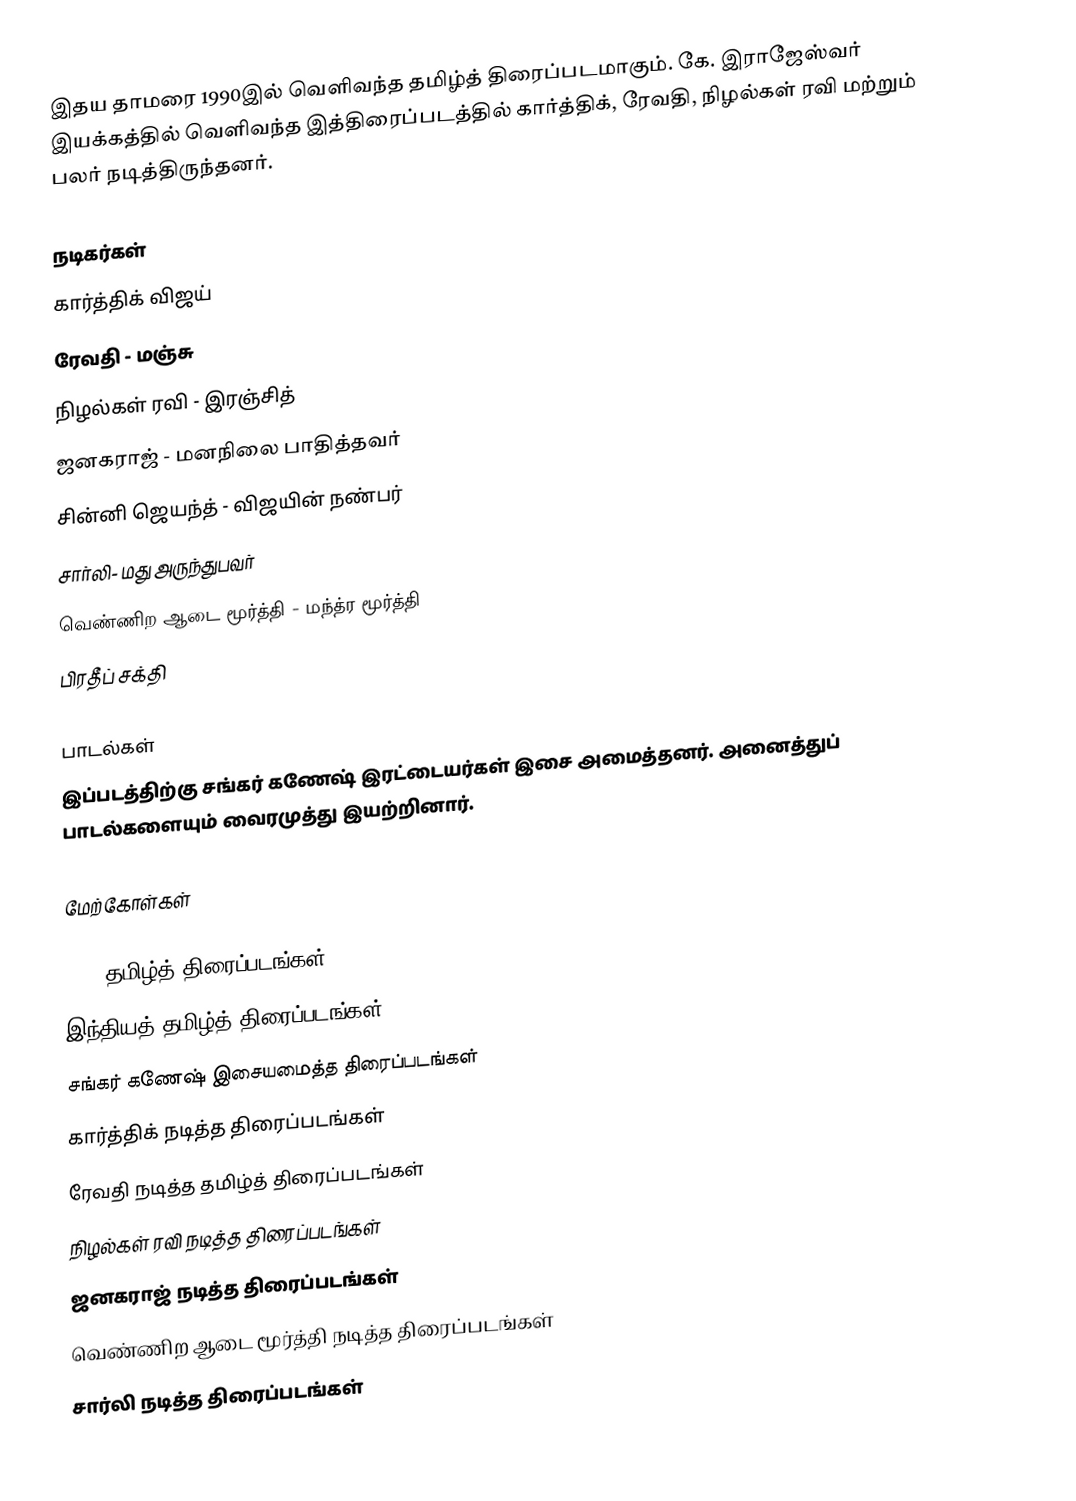
இதய தாமரை 1990இல் வெளிவந்த தமிழ்த் திரைப்படமாகும். கே. இராஜேஸ்வர் இயக்கத்தில் வெளிவந்த இத்திரைப்படத்தில் கார்த்திக், ரேவதி, நிழல்கள் ரவி மற்றும் பலர் நடித்திருந்தனர்.

நடிகர்கள்
 கார்த்திக் விஜய் 
 ரேவதி - மஞ்சு 
 நிழல்கள் ரவி - இரஞ்சித் 
 ஜனகராஜ் - மனநிலை பாதித்தவர்
 சின்னி ஜெயந்த் - விஜயின் நண்பர்
 சார்லி- மது அருந்துபவர்
 வெண்ணிற ஆடை மூர்த்தி - மந்த்ர மூர்த்தி
 பிரதீப் சக்தி

பாடல்கள்
இப்படத்திற்கு சங்கர் கணேஷ் இரட்டையர்கள் இசை அமைத்தனர். அனைத்துப் பாடல்களையும் வைரமுத்து இயற்றினார்.

மேற்கோள்கள்

1990 தமிழ்த் திரைப்படங்கள்
இந்தியத் தமிழ்த் திரைப்படங்கள்
சங்கர் கணேஷ் இசையமைத்த திரைப்படங்கள்
கார்த்திக் நடித்த திரைப்படங்கள்
ரேவதி நடித்த தமிழ்த் திரைப்படங்கள்
நிழல்கள் ரவி நடித்த திரைப்படங்கள்
ஜனகராஜ் நடித்த திரைப்படங்கள்
வெண்ணிற ஆடை மூர்த்தி நடித்த திரைப்படங்கள்
சார்லி நடித்த திரைப்படங்கள்